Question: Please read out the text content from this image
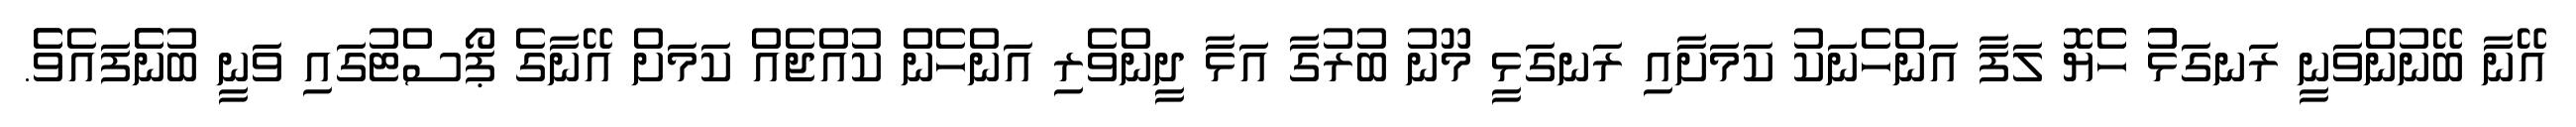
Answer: އޭނާ ބޭނުންވަނީ ރަނގަޅުު ހެެޔޮ ލަފާ އަންހެނަކު ކަމަށާއި ރަނގަޅީ މޫނު ބުރުގާ އަޅާ ދީންވެރި އަންހެން ކުއްޖެއް ކަމަށް އޭނާގެ ޕޯސްޓުގައި ވަނީ ބުނެެފައެވެެ.